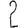
Digit: 2